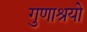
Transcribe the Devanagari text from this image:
गुणाश्रयो